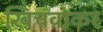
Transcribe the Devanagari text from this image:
खिंचवाकर